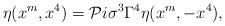
\begin{align*}\eta (x^{m},x^{4})={\cal P}i\sigma ^{3}\Gamma ^{4}\eta (x^{m},-x^{4}),\end{align*}